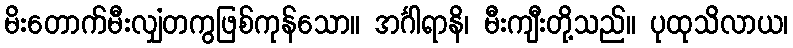
မိးတောက်မီးလျှံတကွဖြစ်ကုန်သော။ အင်္ဂါရာနိ၊ မီးကျီးတို့သည်။ ပုထုသိလာယ၊